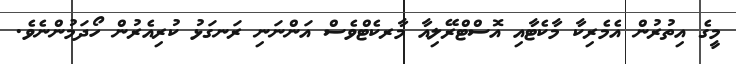
މީގެ އިތުރުން އެމެރިކާ މާކެޓާއި އޮސްޓްރޭލިއާ މާރކެޓްވެސް އަންނަނި ރަނގަޅު ކުރިއެރުން ހޯދަމުންނެވެ.